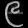
Digit: ၉